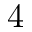
4